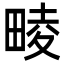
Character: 𤲪